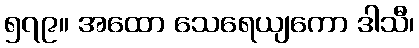
၅၇၉။ အထော သေရေယျကော ဒါသီ၊